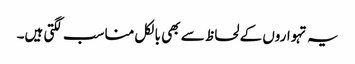
یہ تہواروں کے لحاظ سے بھی بالکل مناسب لگتی ہیں۔